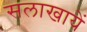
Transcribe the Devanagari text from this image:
सलाखायें